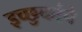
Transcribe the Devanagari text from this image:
इच्छुकांचे